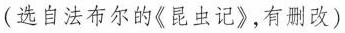
(选自法布尔的《昆虫记》，有删改)